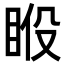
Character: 𥆉